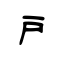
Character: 戸